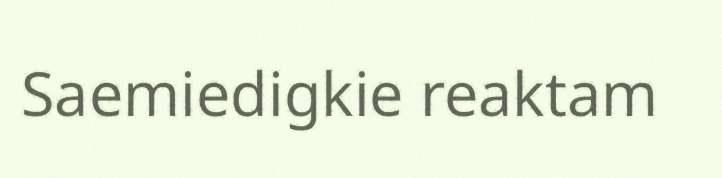
Saemiedigkie reaktam